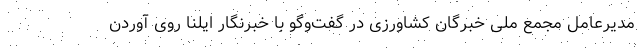
مدیرعامل مجمع ملی خبرگان کشاورزی در گفت‌وگو با خبرنگار ایلنا روی آوردن